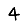
Digit: 4